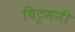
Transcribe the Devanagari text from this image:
बिटूमनी